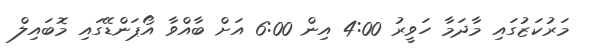
މަރުކަޒުގައި މާދަމާ ހަވީރު 4:00 އިން 6:00 އަށް ބާއްވާ އޯޕަންޑޭގައި މޮބައިލް